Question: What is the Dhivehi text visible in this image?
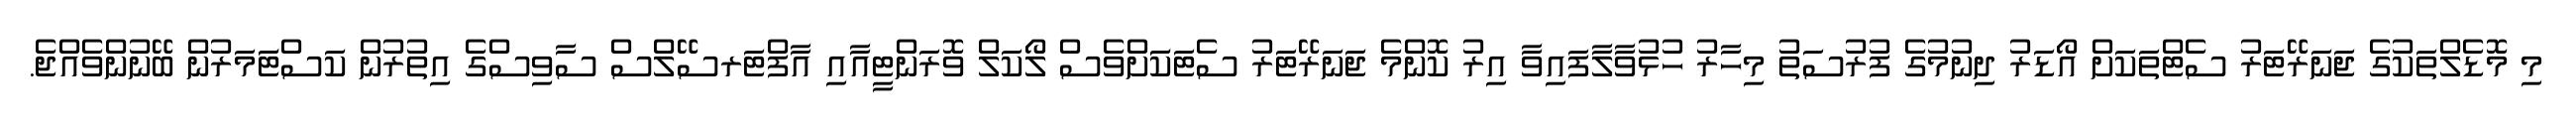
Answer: މި މޮޑެލްތަކުގެ ޖަނަރޭޓަރު ސެޓްތަކަށް އޯޑަރު ދިނުމުގެ ފުރުސަތު މިހާރު ހުޅުވާލާފައިވާ އިރު ކޮންމެ ޖަނަރޭޓަރު ސެޓަކަަށްވެސް ލޯކަލް ވޮރަންޓީއާއި އާފްޓަރސޭލްސް ސާވިސްގެ އިތުރުން ކަސްޓަަމަރުން ބޭނުންވެއްޖެ.